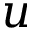
u